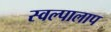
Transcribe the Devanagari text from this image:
स्वल्पालाप